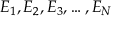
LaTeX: E _ { 1 } , E _ { 2 } , E _ { 3 } , \ldots , E _ { N }